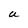
Character: a